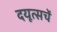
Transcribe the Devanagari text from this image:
दयूत्सचें